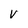
Character: V